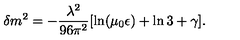
\delta m ^ { 2 } = - \frac { \lambda ^ { 2 } } { 9 6 \pi ^ { 2 } } [ \ln ( \mu _ { 0 } \epsilon ) + \ln 3 + \gamma ] .